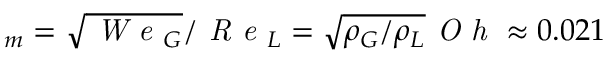
_ m = \sqrt { \textit { W e } _ { G } } / \textit { R e } _ { L } = \sqrt { \rho _ { G } / \rho _ { L } } \textit { O h } \approx 0 . 0 2 1